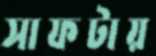
সাফটায়